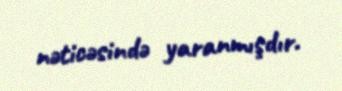
nəticəsində yaranmışdır.